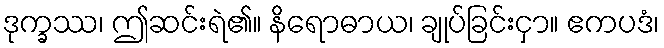
ဒုက္ခဿ၊ ဤဆင်းရဲ၏။ နိရောဓာယ၊ ချုပ်ခြင်းငှာ။ ဧကပဒံ၊